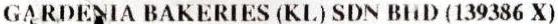
GARDENIA BAKERIES (KL) SDN BHD (139386 X)